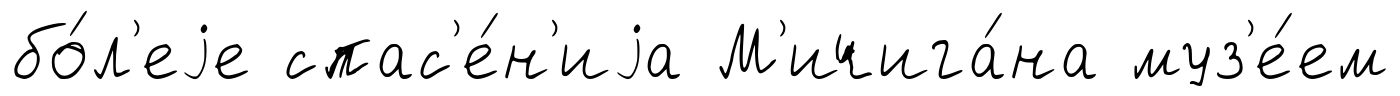
бо́л'еjе спас'е́н'иjа М'ичига́на муз'е́ем